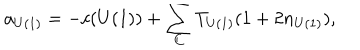
a _ { U ( 1 ) } = - c ( U ( 1 ) ) + \sum _ { C } T _ { U ( 1 ) } ( 1 + 2 n _ { U ( 1 ) } ) ,